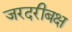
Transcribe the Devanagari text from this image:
जरदरीबक्ष